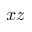
x z